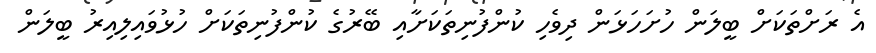
އެ ރަށްތަކަށް ބީލަން ހުށަހަޅަން ދިވެހި ކުންފުނިތަކަށާއި ބޭރުގެ ކުންފުނިތަކަށް ހުޅުވައިލިއިރު ބީލަން